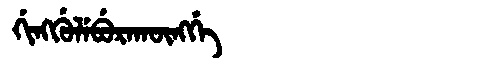
Manchu: ᡤᡳᠩᡤᡠᠯᡝᠪᡠᡵᠠᡴᡡᠩᡤᡝ
Romanization: GINGGULEBURAKŪNGGE